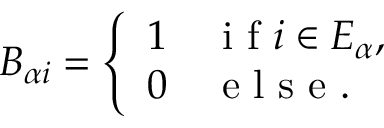
\begin{array} { r } { B _ { \alpha i } = \left\{ \begin{array} { l l } { 1 } & { \mathrm { ~ i ~ f ~ } i \in E _ { \alpha } , } \\ { 0 } & { \mathrm { ~ e ~ l ~ s ~ e ~ . ~ } } \end{array} \right. } \end{array}